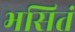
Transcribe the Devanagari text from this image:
भसितं